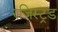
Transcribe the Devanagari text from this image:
रजिस्ट्रड